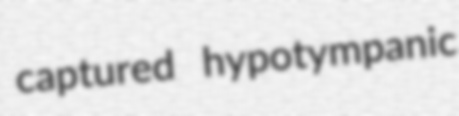
captured hypotympanic